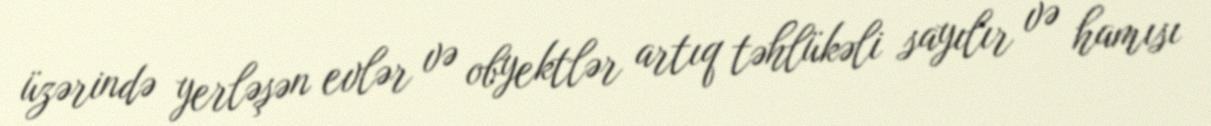
üzərində yerləşən evlər və obyektlər artıq təhlükəli sayılır və hamısı